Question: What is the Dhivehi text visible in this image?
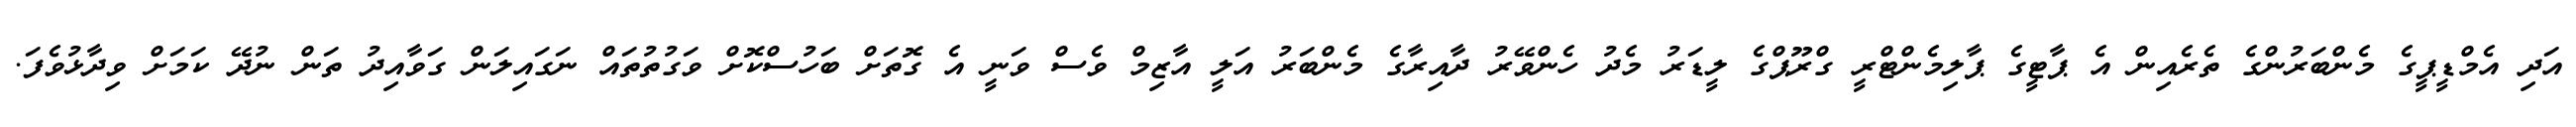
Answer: އަދި އެމްޑީޕީގެ މެންބަރުންގެ ތެރެއިން އެ ޕާޓީގެ ޕާލިމެންޓްރީ ގްރޫޕްގެ ލީޑަރު މެދު ހެންވޭރު ދާއިރާގެ މެންބަރު އަލީ އާޒިމް ވެސް ވަނީ އެ ގޮތަށް ބަހުސްކޮށް ވަގުތުތައް ނަގައިލަން ގަވާއިދު ތަން ނުދޭ ކަމަށް ވިދާޅުވެފަ.